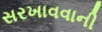
સરખાવવાની